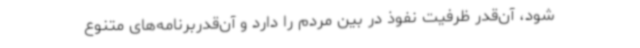
شود، آن‌قدر ظرفیت نفوذ در بین مردم را دارد و آن‌قدربرنامه‌های متنوع